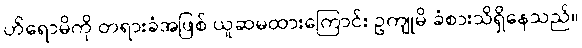
ဟိရောမိကို တရားခံအဖြစ် ယူဆမထားကြောင်း ဥကျုမိ ခံစားသိရှိနေသည်။